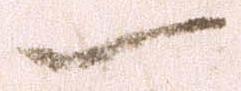
一